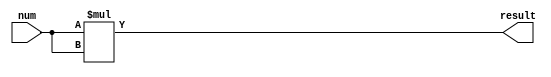
`timescale 1ns / 1ps
//////////////////////////////////////////////////////////////////////////////////
// Company: 
// Engineer: 
// 
// Design Name: 
// Module Name:    N_bit_square 
// Project Name: 
// Target Devices: 
// Tool versions: 
// Description: 
//
// Dependencies: 
//
// Revision: 
// Revision 0.01 - File Created
// Additional Comments: 
//
//////////////////////////////////////////////////////////////////////////////////
module N_bit_square(num,result);
  parameter N=4;
	input[N-1:0]num;
output [2*N-1:0]result;

assign result= num*num;



endmodule